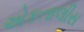
એકતાલીસ